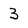
Character: 3